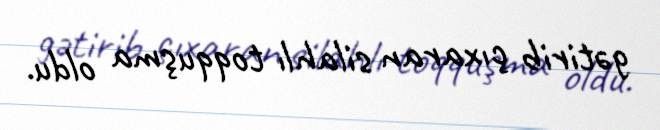
gətirib çıxaran silahlı toqquşma oldu.